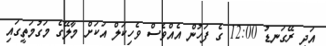
އަދި ރޭގަނޑު 12:00 ގެ ފަހުން އެއްވެސް ވެހިކަލް އަކަށް މާލޭގެ މަގުމަތީގައި